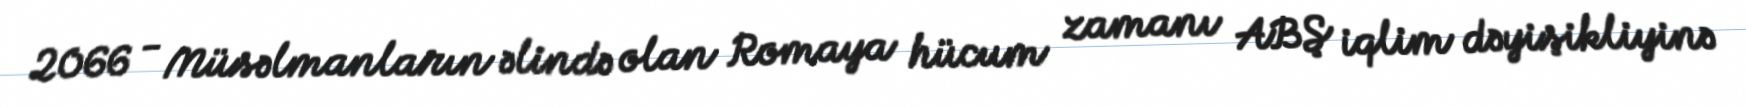
2066 - Müsəlmanların əlində olan Romaya hücum zamanı ABŞ iqlim dəyişikliyinə